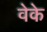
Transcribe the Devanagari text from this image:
वेके